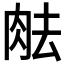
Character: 𦚒